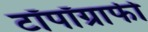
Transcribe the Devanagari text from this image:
टॉपॉग्राफी